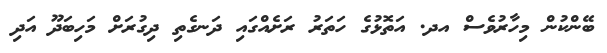
ބޭންކުން މިހާރުވެސް އދ. އަތޮޅުގެ ހަތަރު ރަށެއްގައި ދަނގެތި ދިގުރަށް މަހިބަދޫ އަދި